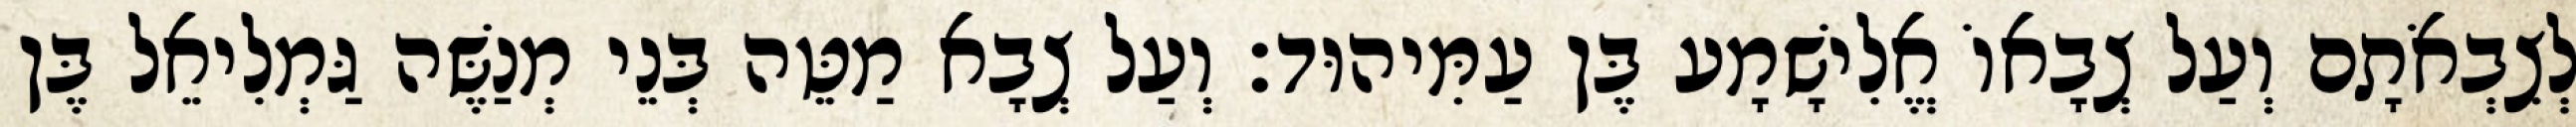
לְצִבְאֹתָם וְעַל צְבָאוֹ אֱלִישָׁמָע בֶּן עַמִּיהוּד׃ וְעַל צְבָא מַטֵּה בְּנֵי מְנַשֶּׁה גַּמְלִיאֵל בֶּן